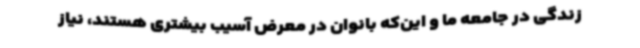
زندگی در جامعه ما و این‌که بانوان در معرض آسیب بیشتری هستند، نیاز